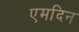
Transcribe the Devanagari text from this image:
एमदिन